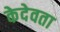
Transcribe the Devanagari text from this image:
केदेवता